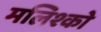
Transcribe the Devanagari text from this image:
मलिश्को